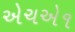
એચએ૧